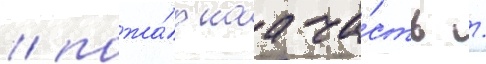
/ пожа́рнаа ча́сть /